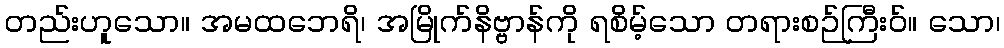
တည်းဟူသော။ အမထဘေရိ၊ အမြိုက်နိဗ္ဗာန်ကို ရစိမ့်သော တရားစဉ်ကြီးဝ်။ သော၊